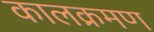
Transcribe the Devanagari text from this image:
कालक्रमण